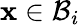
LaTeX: \mathbf{x}\in\mathcal{B}_{i}